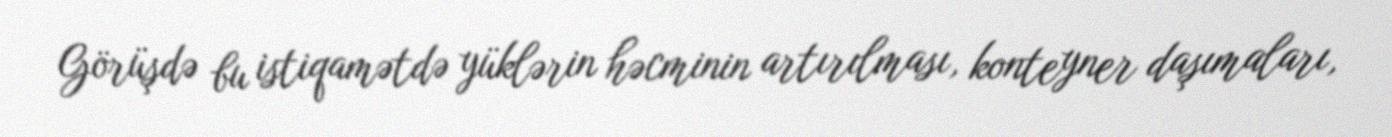
Görüşdə bu istiqamətdə yüklərin həcminin artırılması, konteyner daşımaları,